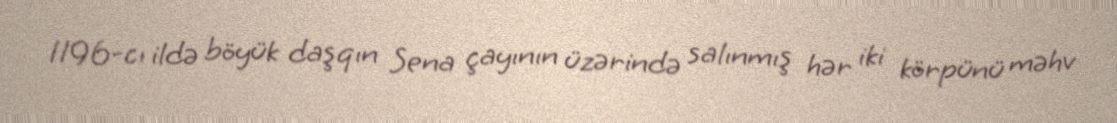
1196-cı ildə böyük daşqın Sena çayının üzərində salınmış hər iki körpünü məhv